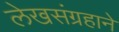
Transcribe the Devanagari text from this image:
लेखसंग्रहाने